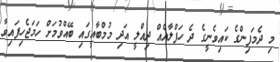
މި ދެމަފިންގެ ކައިވެނީގެ ދެ ހަފްލާއެއް ދިއްލީ އަދި މުމްބާއީގައި ބޭއްވުމަށް ހަމަޖެހިފައިވާ